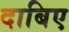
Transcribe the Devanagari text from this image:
दाबिए